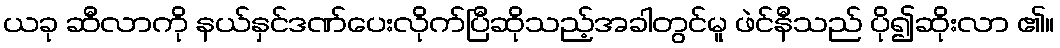
ယခု ဆီလာကို နယ်နှင်ဒဏ်ပေးလိုက်ပြီဆိုသည့်အခါတွင်မူ ဖဲင်နီသည် ပို၍ဆိုးလာ ၏။